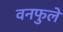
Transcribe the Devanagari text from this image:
वनफुले